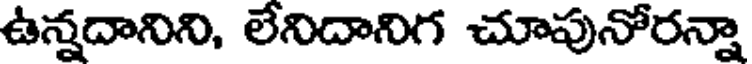
ఉన్నదానిని, లేనిదానిగ చూపునోరన్నా